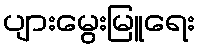
ပျားမွေးမြူရေး